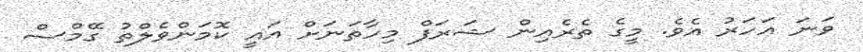
ވަނަ އަހަރު އެވެ. މީގެ ތެރެއިން ޝަރަފް މިހާތަނަށް އައީ ކޮމަންވެލްތު ގޭމްސް